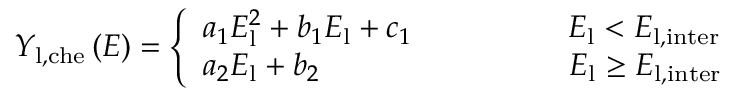
Y _ { \mathrm { l , c h e } } \left( E \right) = \left\{ \begin{array} { l } { a _ { 1 } E _ { \mathrm { l } } ^ { 2 } + b _ { 1 } E _ { \mathrm { l } } + c _ { 1 } \quad \qquad \qquad E _ { \mathrm { l } } < { E _ { \mathrm { l , i n t e r } } } } \\ { a _ { 2 } E _ { \mathrm { l } } + b _ { 2 } \qquad \qquad \qquad \qquad E _ { \mathrm { l } } \ge { E _ { \mathrm { l , i n t e r } } } } \end{array} \right.